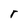
Character: r